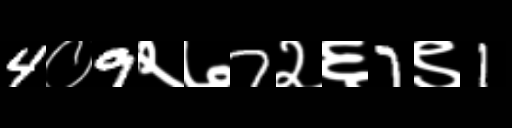
Text: 4०9२७7२६7९1